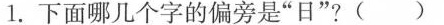
1.下面哪几个字的偏旁是”日”? ()